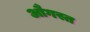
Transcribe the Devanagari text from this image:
औगस्त